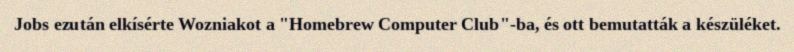
Jobs ezután elkísérte Wozniakot a "Homebrew Computer Club"-ba, és ott bemutatták a készüléket.